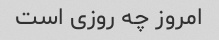
امروز چه روزی است